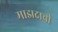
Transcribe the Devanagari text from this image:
माझदाची